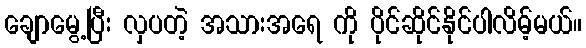
ချောမွေ့ပြီး လှပတဲ့ အသားအရေ ကို ပိုင်ဆိုင်နိုင်ပါလိမ့်မယ်။